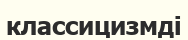
классицизмді